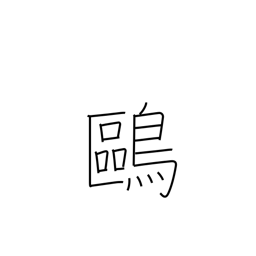
Meaning: tern